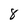
Character: 8